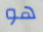
هو